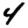
Digit: 4